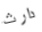
دارث